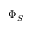
\Phi _ { S }